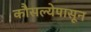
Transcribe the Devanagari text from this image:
कौसल्येपासून